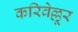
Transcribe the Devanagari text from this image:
करिवेल्लूर